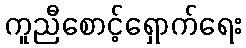
ကူညီစောင့်ရှောက်ရေး